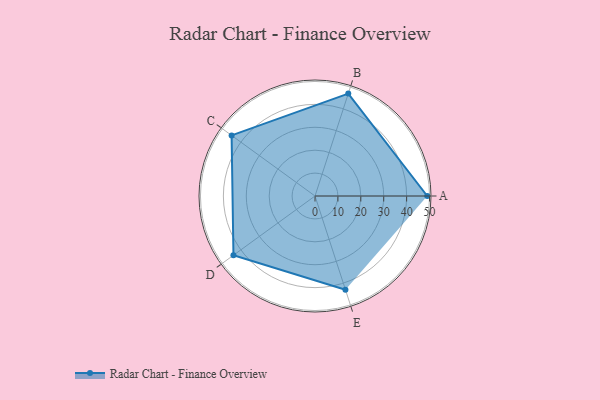
{"axis": {"x": "Skill", "y": "Score"}, "legend": ["Profile"], "data": [{"x": "A", "y": 49.0, "type": "Profile"}, {"x": "B", "y": 47.0, "type": "Profile"}, {"x": "C", "y": 45.0, "type": "Profile"}, {"x": "D", "y": 44.0, "type": "Profile"}, {"x": "E", "y": 43.0, "type": "Profile"}]}